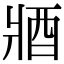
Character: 𨟻